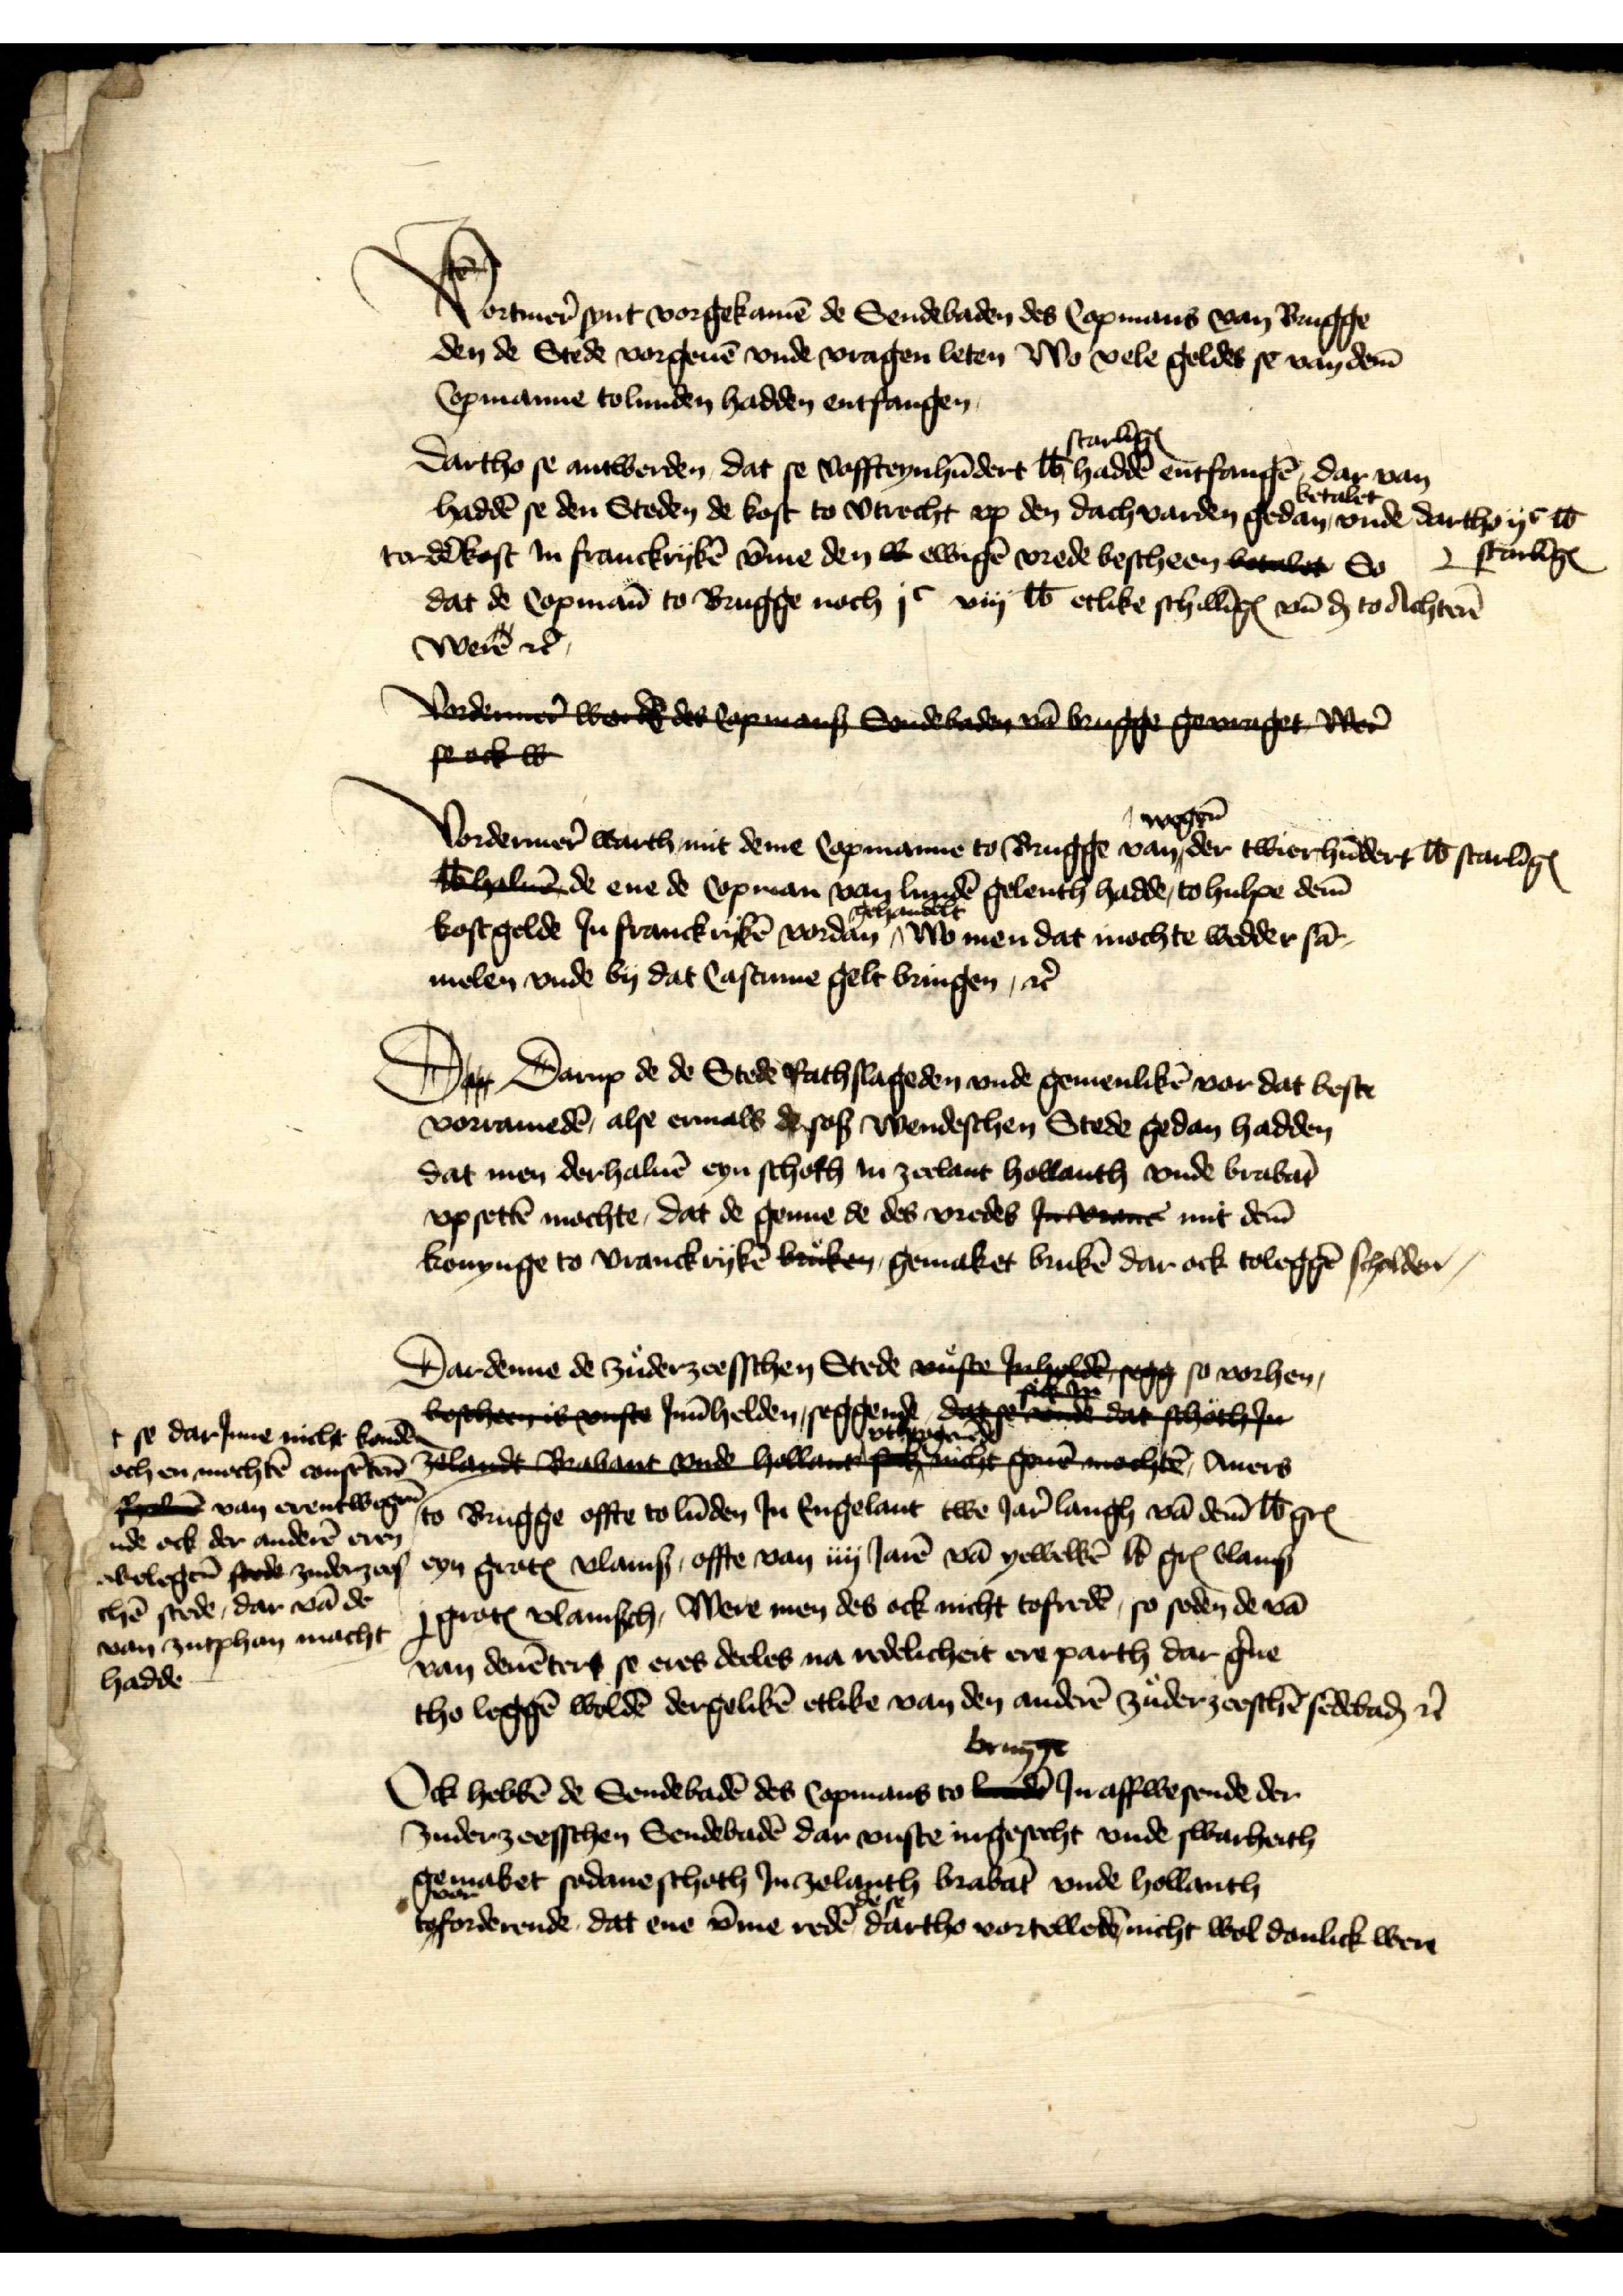
Vortmer̉ synt vorgekamē de Sendebaden des Copmans van Brugge
den de Stede vorgeuē vnde vragen leten Wo vele geldes se van dem̄
Copmanne to Lunden hadden entfangen

Dartho se antwerden, dat se Voffteynhūdert ℔ starlīgꝬ haddē entfangē, dar van
haddē se den Steden de kost to Vtrecht vp den dachvarden gedan betalet vnde dartho ijc ℔ starlīgꝬ
tor dē kost Jn Franckrykē v̄me den w ewigē vrede bescheen betalet So 
dat de Copmān to Brugge noch jc viij ℔ etlike schillīgꝬ vn̄ ḑ to Achten
were etꝬ

Vordener wordede Copman Sondebaden  brugge geraget der
seock w

Vordermer̉ warth mit deme Copmanne to Brugge van wegen der twierhūdert ℔ starlīgꝬ
wēhale de ene de Copman van Lundē gelenth hadde, to hulpe dem̄
kostgelde Jn franckrykē vordan gehandelt wo men dat mochte wedder sā¬
melen vnde by dat Castume gelt bringen, et̉

D Darup de de Stede Rachslageden vnde gemenlikē vor dat beste
vorramedē, alse ermals de soß wendeschen Stede gedan hadden
dat men derhaluē eyn schoth in Zeelant Hollanth vnde Brabāt
vp settē mochte, dat de genne de des vredes Jn vran mit dem̄
konynge to Vranckrykē brken gemaket brukē dar ock toleggē scholden

Dardenne de zuderzeesschen Stede vnste Jnholdeen segg so vorhen
bescheis vonste Jnn̄helden, seggende deede dat schathJan
Zelande Babant wade Hollantcht geue mochtēn Auers
to Brugge offte to Lūden Jn Engelant twe Jar̉ langh vā dem̄ ℔ grꝬ
eyn grotꝬ vlamß, offte van iiij Jarē vā yewelkē ℔ grꝬ vlamß
j grotꝬ vlamsch, Were men des ock nicht tofredē, so seden de vā
van Deuēter se eres deeles na redelicheit ere parth dar g̉ne
tho leggē woldē dergelikē etlike van den anderē zuderzeeschē sēdebaḑ et̉

+ se darJnne nicht kondē
och en mochtē consēten̄
golu van erentwegen
ude ock der anderē eren
abelegen vade zuderzees¬
chē stede, dar vā de
van Zutphan macht
hadde

Ock hebbē de Sendebadē des Copmans to Brugge Jn affwesende der
Znderzeesschen Sendebadē dar vuste ingesecht vnde swarheith
gemaket sodane schoth Jn Zelanth Brabāt vnde Hollanth
toforderende, dat ene v̄me redē de se dartho vortelledē nicht wol danlick were